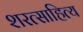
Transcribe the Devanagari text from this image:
शरत्साहित्य